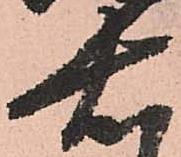
右